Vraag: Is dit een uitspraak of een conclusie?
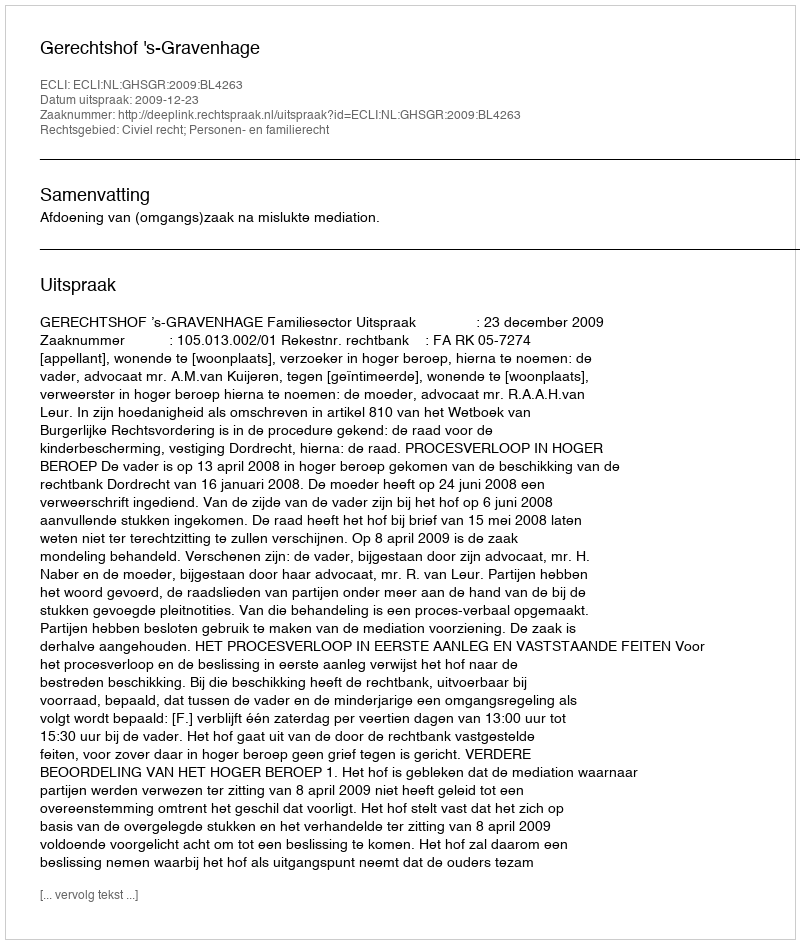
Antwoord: Uitspraak